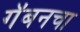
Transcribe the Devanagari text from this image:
गॅबनचा